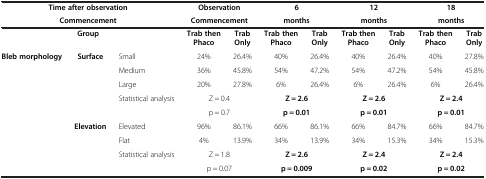
<table><thead><tr><td colspan="3"><b>Time after observation</b></td><td colspan="2"><b>Observation</b></td><td colspan="2"><b>6</b></td><td colspan="2"><b>12</b></td><td colspan="2"><b>18</b></td></tr><tr><td colspan="3"><b>Commencement</b></td><td colspan="2"><b>Commencement</b></td><td colspan="2"><b>months</b></td><td colspan="2"><b>months</b></td><td colspan="2"><b>months</b></td></tr></thead><tbody><tr><td colspan="3"><b>Group</b></td><td><b>Trab then Phaco</b></td><td><b>Trab Only</b></td><td><b>Trab then Phaco</b></td><td><b>Trab Only</b></td><td><b>Trab then Phaco</b></td><td><b>Trab Only</b></td><td><b>Trab then Phaco</b></td><td><b>Trab Only</b></td></tr><tr><td rowspan="8"><b>Bleb morphology</b></td><td rowspan="5"><b>Surface</b></td><td>Small</td><td>24%</td><td>26.4%</td><td>40%</td><td>26.4%</td><td>40%</td><td>26.4%</td><td>40%</td><td>27.8%</td></tr><tr><td>Medium</td><td>36%</td><td>45.8%</td><td>54%</td><td>47.2%</td><td>54%</td><td>47.2%</td><td>54%</td><td>45.8%</td></tr><tr><td>Large</td><td>20%</td><td>27.8%</td><td>6%</td><td>26.4%</td><td>6%</td><td>26.4%</td><td>6%</td><td>26.4%</td></tr><tr><td rowspan="2">Statistical analysis</td><td colspan="2">Z = 0.4</td><td colspan="2"><b>Z = 2.6</b></td><td colspan="2"><b>Z = 2.6</b></td><td colspan="2"><b>Z = 2.4</b></td></tr><tr><td colspan="2">p = 0.7</td><td colspan="2"><b>p = 0.01</b></td><td colspan="2"><b>p = 0.01</b></td><td colspan="2"><b>p = 0.01</b></td></tr><tr><td rowspan="3"><b>Elevation</b></td><td>Elevated</td><td>96%</td><td>86.1%</td><td>66%</td><td>86.1%</td><td>66%</td><td>84.7%</td><td>66%</td><td>84.7%</td></tr><tr><td>Flat</td><td>4%</td><td>13.9%</td><td>34%</td><td>13.9%</td><td>34%</td><td>15.3%</td><td>34%</td><td>15.3%</td></tr><tr><td>Statistical analysis</td><td colspan="2">Z = 1.8</td><td colspan="2"><b>Z = 2.6</b></td><td colspan="2"><b>Z = 2.4</b></td><td colspan="2"><b>Z = 2.4</b></td></tr><tr><td colspan="3"> </td><td colspan="2">p = 0.07</td><td colspan="2"><b>p = 0.009</b></td><td colspan="2"><b>p = 0.02</b></td><td colspan="2"><b>p = 0.02</b></td></tr></tbody></table>